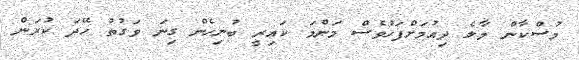
މުސްކާން މާލެ ދިއުމަށްފަހުވެސް މަންމަ ކައިރީ ބުނިހެން ގިނަ ވަގުތު ހޭދަ ކުރަން